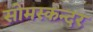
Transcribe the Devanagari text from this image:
सोमस्कन्दर